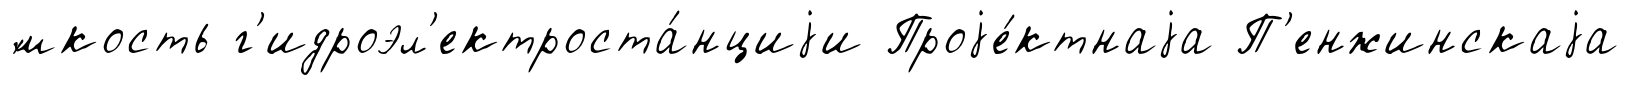
́мкость г'идроэл'ектроста́нциjи Проjе́ктнаjа П'енжинскаjа